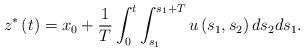
LaTeX: \begin{align*}z^{*}\left(t\right)=x_{0}+\frac{1}{T}\int_{0}^{t}\int_{s_{1}}^{s_{1}+T}u\left(s_{1},s_{2}\right)ds_{2}ds_{1}.\end{align*}